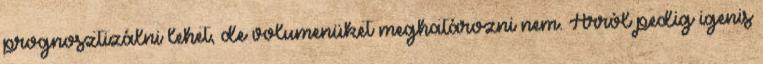
prognosztizálni lehet, de volumenüket meghatározni nem. Arról pedig igenis